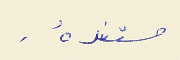
مستندهُ .